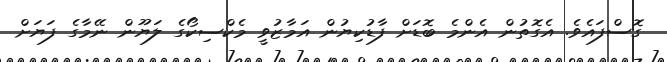
ގޮސްފައެވެ. އެގޮތުން އެންމެ ބޮޑަށް ފާޑުކިޔުން އަމާޒުވީ މެކްސިކޯގެ ލަޔޫން ނޭމާގެ ފަޔަށް